Indian journal of veterinary science and animal husbandry - Volumes 15-17, 1948-1951
Year: 1948
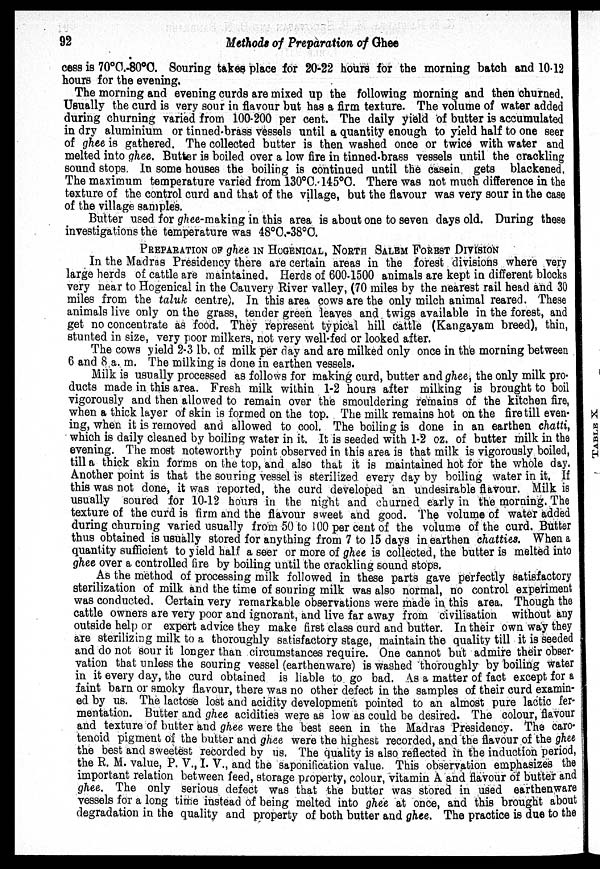
92
Methods of Preparation of Ghee
cess is 70°C.-80°C. Souring takes place for 20-22 hours for the morning batch and 10.12
hours for the evening.
The morning and evening curds are mixed up the following morning and then churned.
Usually the curd is very sour in flavour but has a firm texture. The volume of water added
during churning varied from 100-200 per cent. The daily yield of butter is accumulated
in dry aluminium or tinned-brass vessels until a quantity enough to yield half to one seer
of ghee is gathered. The collected butter is then washed once or twice with water and
melted into ghee. Butter is boiled over a low fire in tinned-brass vessels until the crackling
sound stops. In some houses the boiling is continued until the casein gets blackened.
The maximum temperature varied from 130°C.- 145°C. There was not much difference in the
texture of the control curd and that of the village, but the flavour was very sour in the case
of the village samples.
Butter used for ghee-making in this area is about one to seven days old. During these
investigations the temperature was 48°C.-38°C.
PREPARATION OF ghee IN HOGENICAL, NORTH SALEM FOREST DIVISION
In the Madras Presidency there are certain areas in the forest divisions where very
large herds of cattle are maintained. Herds of 600-1500 animals are kept in different blocks
very near to Hogenical in the Cauvery River valley, (70 miles by the nearest rail head and 30
miles from the taluk centre). In this area cows are the only milch animal reared. These
animals live only on the grass, tender green leaves and twigs available in the forest, and
get no concentrate as food. They represent typical hill cattle (Kangayam breed), thin,
stunted in size, very poor milkers, not very well-fed or looked after.
The cows yield 2-3 lb. of milk per day and are milked only once in the morning between
6 and 8 a.m. The milking is done in earthen vessels.
Milk is usually processed as follows for making curd, butter and ghee, the only milk pro-
ducts made in this area. Fresh milk within 1-2 hours after milking is brought to boil
vigorously and then allowed to remain over the smouldering remains of the kitchen fire,
when a thick layer of skin is formed on the top. The milk remains hot on the fire till even-
ing, when it is removed and allowed to cool. The boiling is done in an earthen chatti,
which is daily cleaned by boiling water in it. It is seeded with 1-2 oz. of butter milk in the
evening. The most noteworthy point observed in this area is that milk is vigorously boiled,
till a thick skin forms on the top, and also that it is maintained hot for the whole day.
Another point is that the souring vessel is sterilized every day by boiling water in it. If
this was not done, it was reported, the curd developed an undesirable flavour. Milk is
usually soured for 10-12 hours in the night and churned early in the morning. The
texture of the curd is firm and the flavour sweet and good. The volume of water added
during churning varied usually from 50 to 100 per cent of the volume of the curd. Butter
thus obtained is usually stored for anything from 7 to 15 days in earthen chatties. When a
quantity sufficient to yield half a seer or more of ghee is collected, the butter is melted into
ghee over a controlled fire by boiling until the crackling sound stops.
As the method of processing milk followed in these parts gave perfectly satisfactory
sterilization of milk and the time of souring milk was also normal, no control experiment
was conducted. Certain very remarkable observations were made in this area. Though the
cattle owners are very poor and ignorant, and live far away from civilisation without any
outside help or expert advice they make first class curd and butter. In their own way they
are sterilizing milk to a thoroughly satisfactory stage, maintain the quality till it is seeded
and do not sour it longer than circumstances require. One cannot but admire their obser-
vation that unless the souring vessel (earthenware) is washed thoroughly by boiling water
in it every day, the curd obtained is liable to go bad. As a matter of fact except for a
faint barn or smoky flavour, there was no other defect in the samples of their curd examin-
ed by us. The lactose lost and acidity development pointed to an almost pure lactic fer-
mentation. Butter and ghee acidities were as low as could be desired. The colour, flavour
and texture of butter and ghee were the best seen in the Madras Presidency. The caro-
tenoid pigment of the butter and ghee were the highest recorded, and the flavour of the ghee
the best and sweetest recorded by us. The quality is also reflected in the induction period,
the R. M. value, P. V., I. V., and the saponification value, This observation emphasizes the
important relation between feed, storage property, colour, vitamin A and flavour of butter and
ghee. The only serious defect was that the butter was stored in used earthenware
vessels for a long time instead of being melted into ghee at once, and this brought about
degradation in the quality and property of both butter and ghee. The practice is due to the